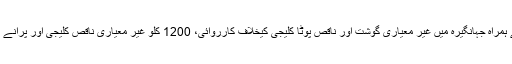
23 مئی2020ء) ایڈیشنل ڈپٹی کمشنر مس وزیر کی اسسٹنٹ کمشنر جہانگیرہ سمن عباس کے ہمراہ جہانگیرہ میں غیر معیاری گوشت اور ناقص پوٹا کلیجی کیخلاف کارروائی، 1200 کلو غیر معیاری ناقص کلیجی اور پرانے گوشت و دیگر آشیاء کو تحویل میں لیکر تلف 3 گوداموں کو سیل جبکہ 2 افراد کوگرفتارکر لیا۔